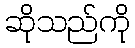
ဆိုသည်ကို